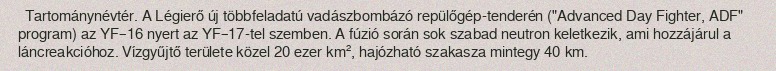
Tartománynévtér. A Légierő új többfeladatú vadászbombázó repülőgép-tenderén ("Advanced Day Fighter, ADF" program) az YF–16 nyert az YF–17-tel szemben. A fúzió során sok szabad neutron keletkezik, ami hozzájárul a láncreakcióhoz. Vízgyűjtő területe közel 20 ezer km², hajózható szakasza mintegy 40 km.